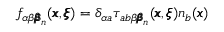
f _ { \alpha \beta { \pmb \beta } _ { n } } ( { \pmb x } , { \pmb \xi } ) = \delta _ { \alpha a } { \tau } _ { a b \beta { \pmb \beta } _ { n } } ( { \pmb x } , { \pmb \xi } ) n _ { b } ( { \pmb x } )